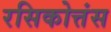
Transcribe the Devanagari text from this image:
रसिकोत्तंस